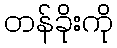
တန်ခိုးကို